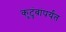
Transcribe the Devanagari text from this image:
कुटुंबांपर्यंत